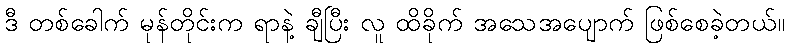
ဒီ တစ်ခေါက် မုန်တိုင်းက ရာနဲ့ ချီပြီး လူ ထိခိုက် အသေအပျောက် ဖြစ်စေခဲ့တယ်။